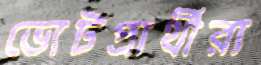
ভোটপ্রার্থীরা